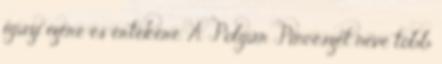
igazi ízére és értékére. A Polgár Pincészet neve több